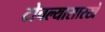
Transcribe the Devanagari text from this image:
टोचल्यासारखे